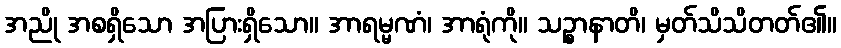
အညို အစရှိသော အပြားရှိသော။ အာရမ္မဏံ၊ အာရုံကို။ သဉ္စာနာတိ၊ မှတ်သိသိတတ်၏။